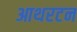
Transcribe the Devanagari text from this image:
आथरटन